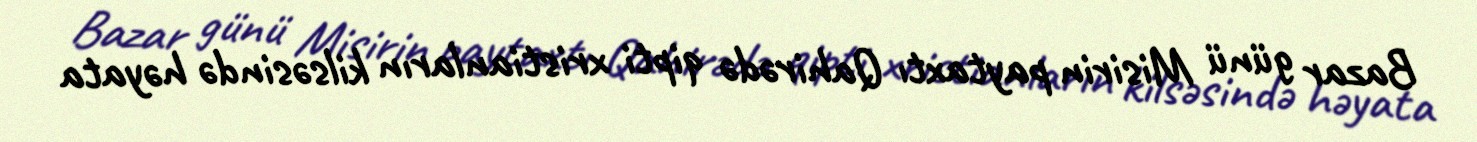
Bazar günü Misirin paytaxtı Qahirədə qipti xristianların kilsəsində həyata